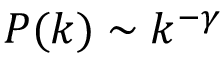
P ( k ) \sim k ^ { - \gamma }